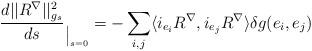
LaTeX: \begin{align*}\frac{d||R^{\nabla} ||_{g_s }^2}{ds}_{\big {|}_{s =0}}=-\sum _{i,j} \langle i_{e_i}R^{\nabla} , i_{e_j}R^{\nabla}\rangle \delta g(e_i,e_j)\end{align*}